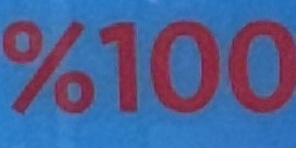
%100